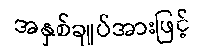
အနှစ်ချုပ်အားဖြင့်